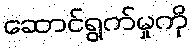
ဆောင်ရွက်မှုကို